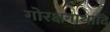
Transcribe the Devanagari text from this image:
गोरक्षनाथादि